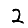
Digit: 2